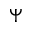
\Psi